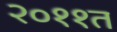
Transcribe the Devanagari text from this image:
२०११त